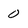
Character: 0